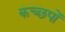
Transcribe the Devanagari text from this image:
कच्छपों